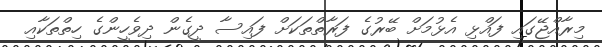
މިރާއްޖޭގައި ފައްޅި އެޅުމަށް ބޭރުގެ ފަރާތްތަކަށް ފައިސާ ދީގެން ދިވެހީންގެ ހިތްތަކާއި